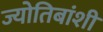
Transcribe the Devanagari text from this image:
ज्योतिबांशी